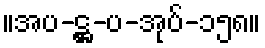
။အပ-ဋ္ဌ-ပ-အုပ်-၁၅၈။